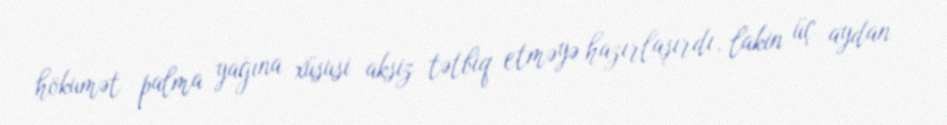
hökumət palma yağına xüsusi aksiz tətbiq etməyə hazırlaşırdı, lakin üç aydan